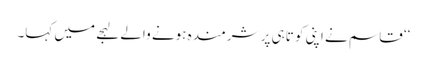
‘‘ قاسم نے اپنی کو تاہی پر شرمندہ ہونے والے لہجے میں کہا۔